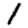
Digit: 1